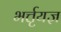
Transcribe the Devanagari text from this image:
भर्त्तृयज्ञ